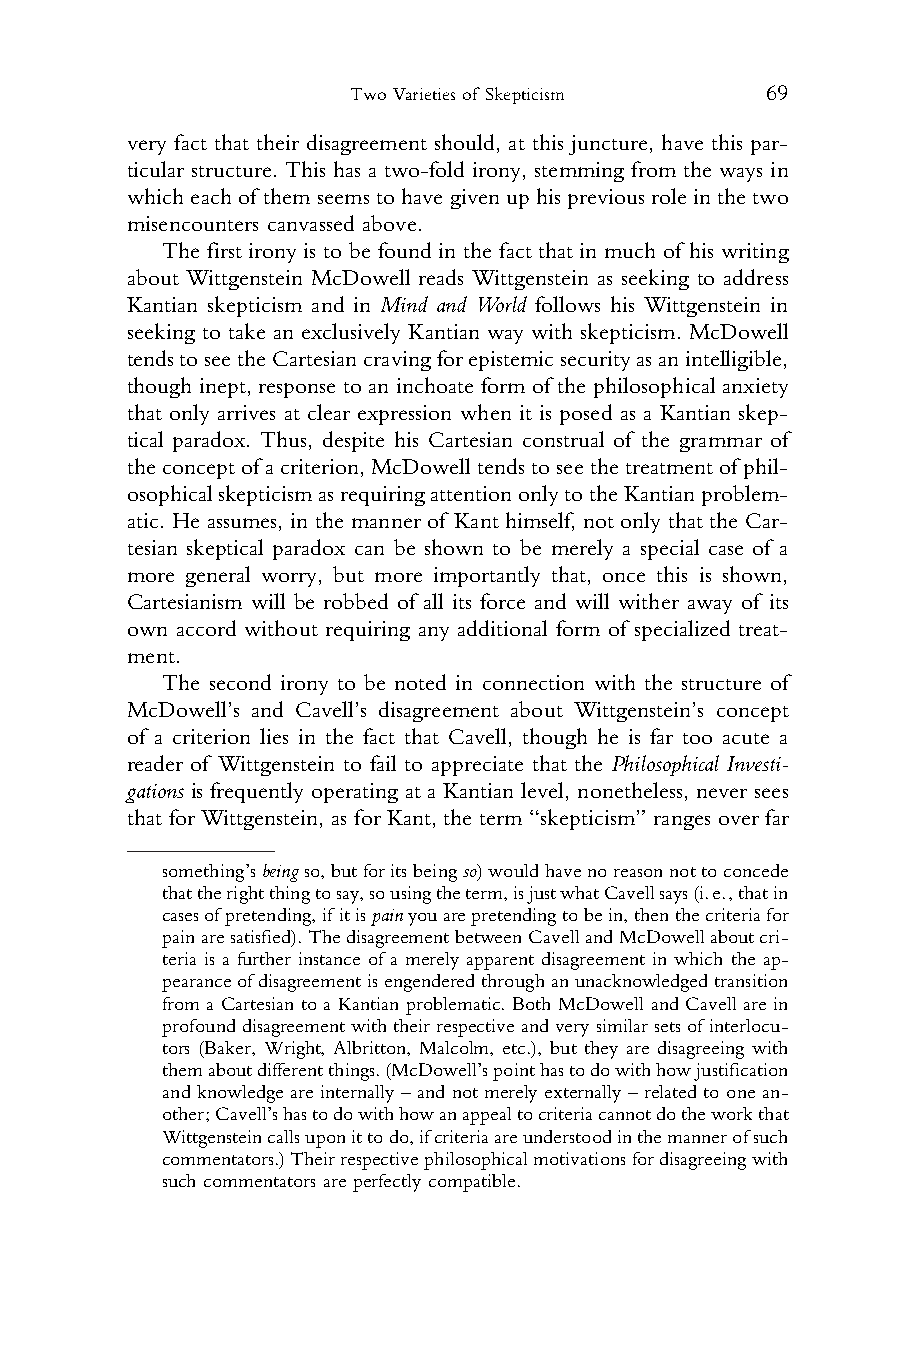
Two Varieties of Skepticism 69
 1 very fact that their disagreement should, at this juncture, have this par-
 2 ticular structure. This has a two-fold irony, stemming from the ways in
 3 whicheachof themseemstohavegivenuphispreviousroleinthetwo
 4 misencounters canvassed above.
 5    The first irony is to be found in the fact that in much of his writing
 6 about Wittgenstein McDowell reads Wittgenstein as seeking to address
 7 Kantian skepticism and in Mind and World follows his Wittgenstein in
 8 seeking to take an exclusively Kantian way with skepticism. McDowell
 9 tendstoseetheCartesiancravingforepistemicsecurityasanintelligible,
 10 though inept, response to an inchoate form of the philosophical anxiety
 11 that only arrives at clear expression when it is posed as a Kantian skep-
 12 tical paradox. Thus, despite his Cartesian construal of the grammar of
 13 theconceptofacriterion,McDowelltendstoseethetreatmentofphil-
 14 osophicalskepticismasrequiringattentiononlytotheKantianproblem-
 15 atic. He assumes, in the manner of Kant himself, not only that the Car-
 16 tesian skeptical paradox can be shown to be merely a special case of a
 17 more general worry, but more importantly that, once this is shown,
 18 Cartesianism will be robbed of all its force and will wither away of its
 19 own accord without requiring any additional form of specialized treat-
 20 ment.
 21    The second irony to be noted in connection with the structure of
 22 McDowell’s and Cavell’s disagreement about Wittgenstein’s concept
 23 of a criterion lies in the fact that Cavell, though he is far too acute a
 24 reader of Wittgenstein to fail to appreciate that the Philosophical Investi-
 25 gations is frequently operating at a Kantian level, nonetheless, never sees
 26 that for Wittgenstein, as for Kant, the term “skepticism” ranges over far
 27
 28
 something’sbeingso,butforitsbeingso)wouldhavenoreasonnottoconcede
 29    thattherightthingtosay,sousingtheterm,isjustwhatCavellsays(i.e.,thatin
 30    casesofpretending,ifitispainyouarepretendingtobein,thenthecriteriafor
 31    painaresatisfied).ThedisagreementbetweenCavellandMcDowellaboutcri-
 teria is a further instance of a merely apparent disagreement in which the ap-
 32
 pearanceofdisagreementisengenderedthroughanunacknowledgedtransition
 33
 from a Cartesian to a Kantian problematic. Both McDowell and Cavell are in
 34    profounddisagreementwiththeirrespectiveandverysimilarsetsof interlocu-
 35    tors (Baker, Wright, Albritton, Malcolm, etc.), but they are disagreeing with
 36    themaboutdifferentthings.(McDowell’spointhastodowithhowjustification
 and knowledge are internally – and not merely externally – related to one an-
 37
 other;Cavell’shastodowithhowanappealtocriteriacannotdotheworkthat
 38
 Wittgensteincallsuponittodo,ifcriteriaareunderstoodinthemannerofsuch
 39    commentators.)Theirrespectivephilosophicalmotivationsfordisagreeingwith
 40    such commentators are perfectly compatible.